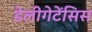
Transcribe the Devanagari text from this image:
डेलीगेटेंसिस